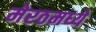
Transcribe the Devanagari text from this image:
मेरठमध्ये